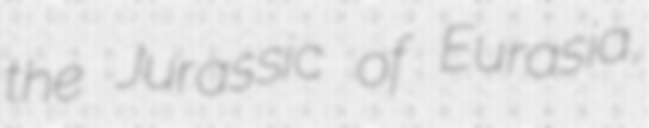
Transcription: the Jurassic of Eurasia,